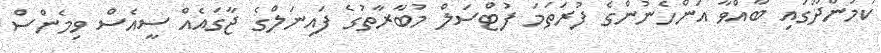
ކުމުންދޫގައި ބާއްވާ އަންހެނުންގެ ފުރަތަމަ ފުޓްސަލް މުބާރާތުގެ ފައިނަލްގެ ޖާގައެއް ސީއެސް ވިމެންސް